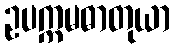
ဥပက္ကမဓာတုယာ